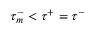
\tau _ { m } ^ { - } < \tau ^ { + } = \tau ^ { - }